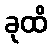
ခုထိ